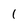
Character: 1